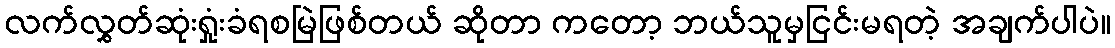
လက်လွှတ်ဆုံးရှုံးခံရစမြဲဖြစ်တယ် ဆိုတာ ကတော့ ဘယ်သူမှငြင်းမရတဲ့ အချက်ပါပဲ။